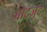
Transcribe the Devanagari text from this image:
बादजूद